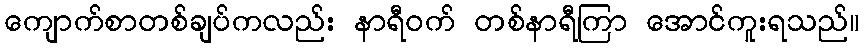
ကျောက်စာတစ်ချပ်ကလည်း နာရီဝက် တစ်နာရီကြာ အောင်ကူးရသည်။